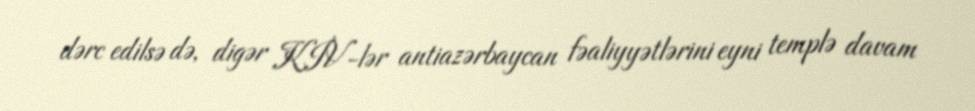
dərc edilsə də, digər KİV-lər antiazərbaycan fəaliyyətlərini eyni templə davam